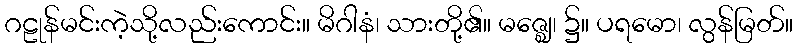
ဂဠုန်မင်းကဲ့သို့လည်းကောင်း။ မိဂါနံ၊ သားတို့၏။ မဇ္ဈေ၊ ၌။ ပရမော၊ လွန်မြတ်။